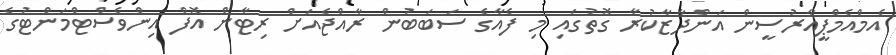
އެމްއެމްޕީއާރުސީން އަންދާޒާކުރާ ގޮތުގައި މި ފެއާގެ ސަބަބުން ރާއްޖެއަށް ރިޓާން އޮފް އިންވެސްޓްމަންޓުގެ